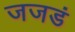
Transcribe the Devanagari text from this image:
जजडं